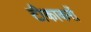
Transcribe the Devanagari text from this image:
टीकाकरों